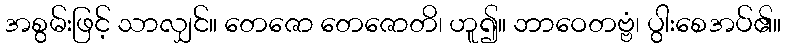
အစွမ်းဖြင့် သာလျှင်။ တေဇော တေဇောတိ၊ ဟူ၍။ ဘာဝေတဗ္ဗံ၊ ပွါးစေအပ်၏။